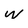
Character: w